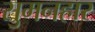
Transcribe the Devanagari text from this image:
सुमनहार